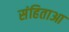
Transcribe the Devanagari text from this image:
संहिताआ